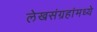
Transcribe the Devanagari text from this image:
लेखसंग्रहांमध्ये